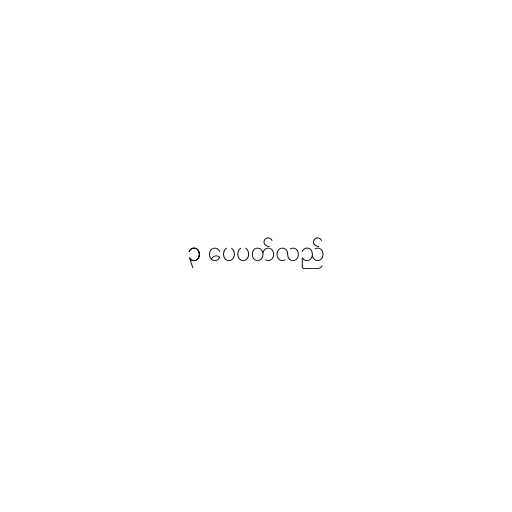
၃ ပေပတ်လည်